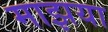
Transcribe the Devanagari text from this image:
माझया